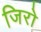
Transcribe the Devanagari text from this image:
जिरो